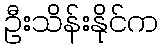
ဦးသိန်းနိုင်က